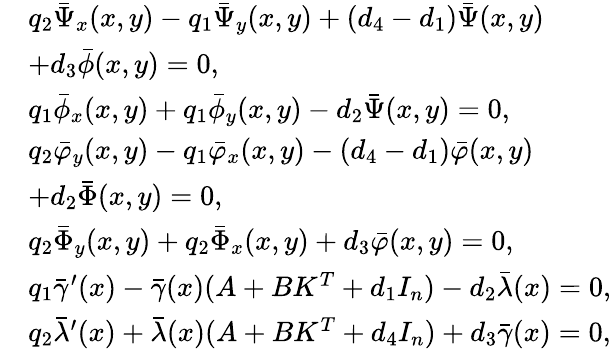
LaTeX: \begin{array}{rl}&{{q_{2}}{{\bar{\Psi}}_{x}}(x,y)-{q_{1}}{{\bar{\Psi}}_{y}}(x,y)+({d_{4}}-{d_{1}})\bar{\Psi}(x,y)}\\ &{+{d_{3}}\bar{\phi}(x,y)=0,}\\ &{{q_{1}}{{\bar{\phi}}_{x}}(x,y)+{q_{1}}{{\bar{\phi}}_{y}}(x,y)-{d_{2}}\bar{\Psi}(x,y)=0,}\\ &{{q_{2}}{{\bar{\varphi}}_{y}}(x,y)-{q_{1}}{{\bar{\varphi}}_{x}}(x,y)-({d_{4}}-{d_{1}})\bar{\varphi}(x,y)}\\ &{+{d_{2}}\bar{\Phi}(x,y)=0,}\\ &{{q_{2}}{\bar{\Phi}_{y}}(x,y)+{q_{2}}{\bar{\Phi}_{x}}(x,y)+{d_{3}}\bar{\varphi}(x,y)=0,}\\ &{{q_{1}}{\bar{\gamma}}^{\prime}(x)-{\bar{\gamma}}(x)(A+BK^{T}+{d_{1}}I_{n})-{d_{2}}\bar{\lambda}(x)=0,}\\ &{{q_{2}}\bar{\lambda}^{\prime}(x)+\bar{\lambda}(x)(A+BK^{T}+d_{4}I_{n})+{d_{3}}{\bar{\gamma}}(x)=0,}\end{array}